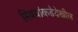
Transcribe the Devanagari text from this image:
स्त्रियांकडेदेखील